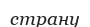
страну